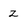
Character: Z